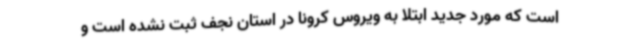
است که مورد جدید ابتلا به ویروس کرونا در استان نجف ثبت نشده است و